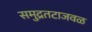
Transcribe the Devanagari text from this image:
समुद्रतटाजवळ